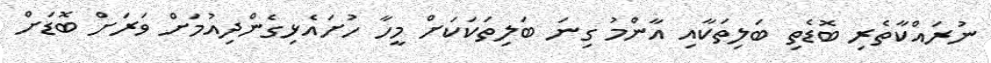
ނުރައްކާތެރި ބޮޑެތި ބަލިތަކާއި އާންމު ގިނަ ބަލިތަކަކަށް މީހާ ހުށައެޅިގެންދިއުމަށް ވަރަށް ބޮޑަށް